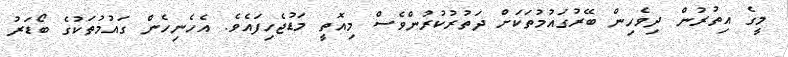
މީގެ އިތުރުން ދިވެހިން ބޭރުގައުމުތަކަށް ދަތުރުކުރުންވެސް މިއޮތީ މަޑުޖެހިފައެވެ. އެހެނިހެން ގައުމުތަކުގެ ބޯޑަރު